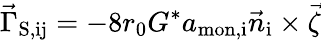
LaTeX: \vec{\Gamma}_{\mathrm{S,ij}}=-8r_{\mathrm{0}}G^{*}a_{\mathrm{mon,i}}\vec{n}_{\mathrm{i}}\times\vec{\zeta}